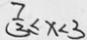
\frac { 7 } { 3 } \leq x < 3